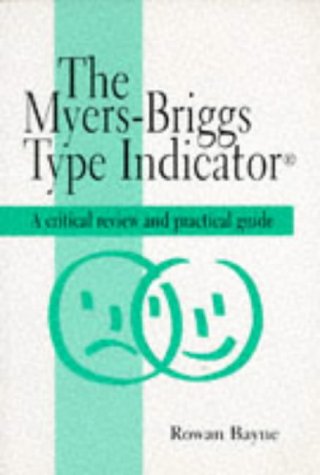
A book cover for Myers-Briggs Type Indicator: A Critical Review and Practical Guide (C & H); Rowan Bayne; Medical Books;